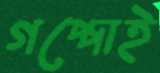
গপ্পোই